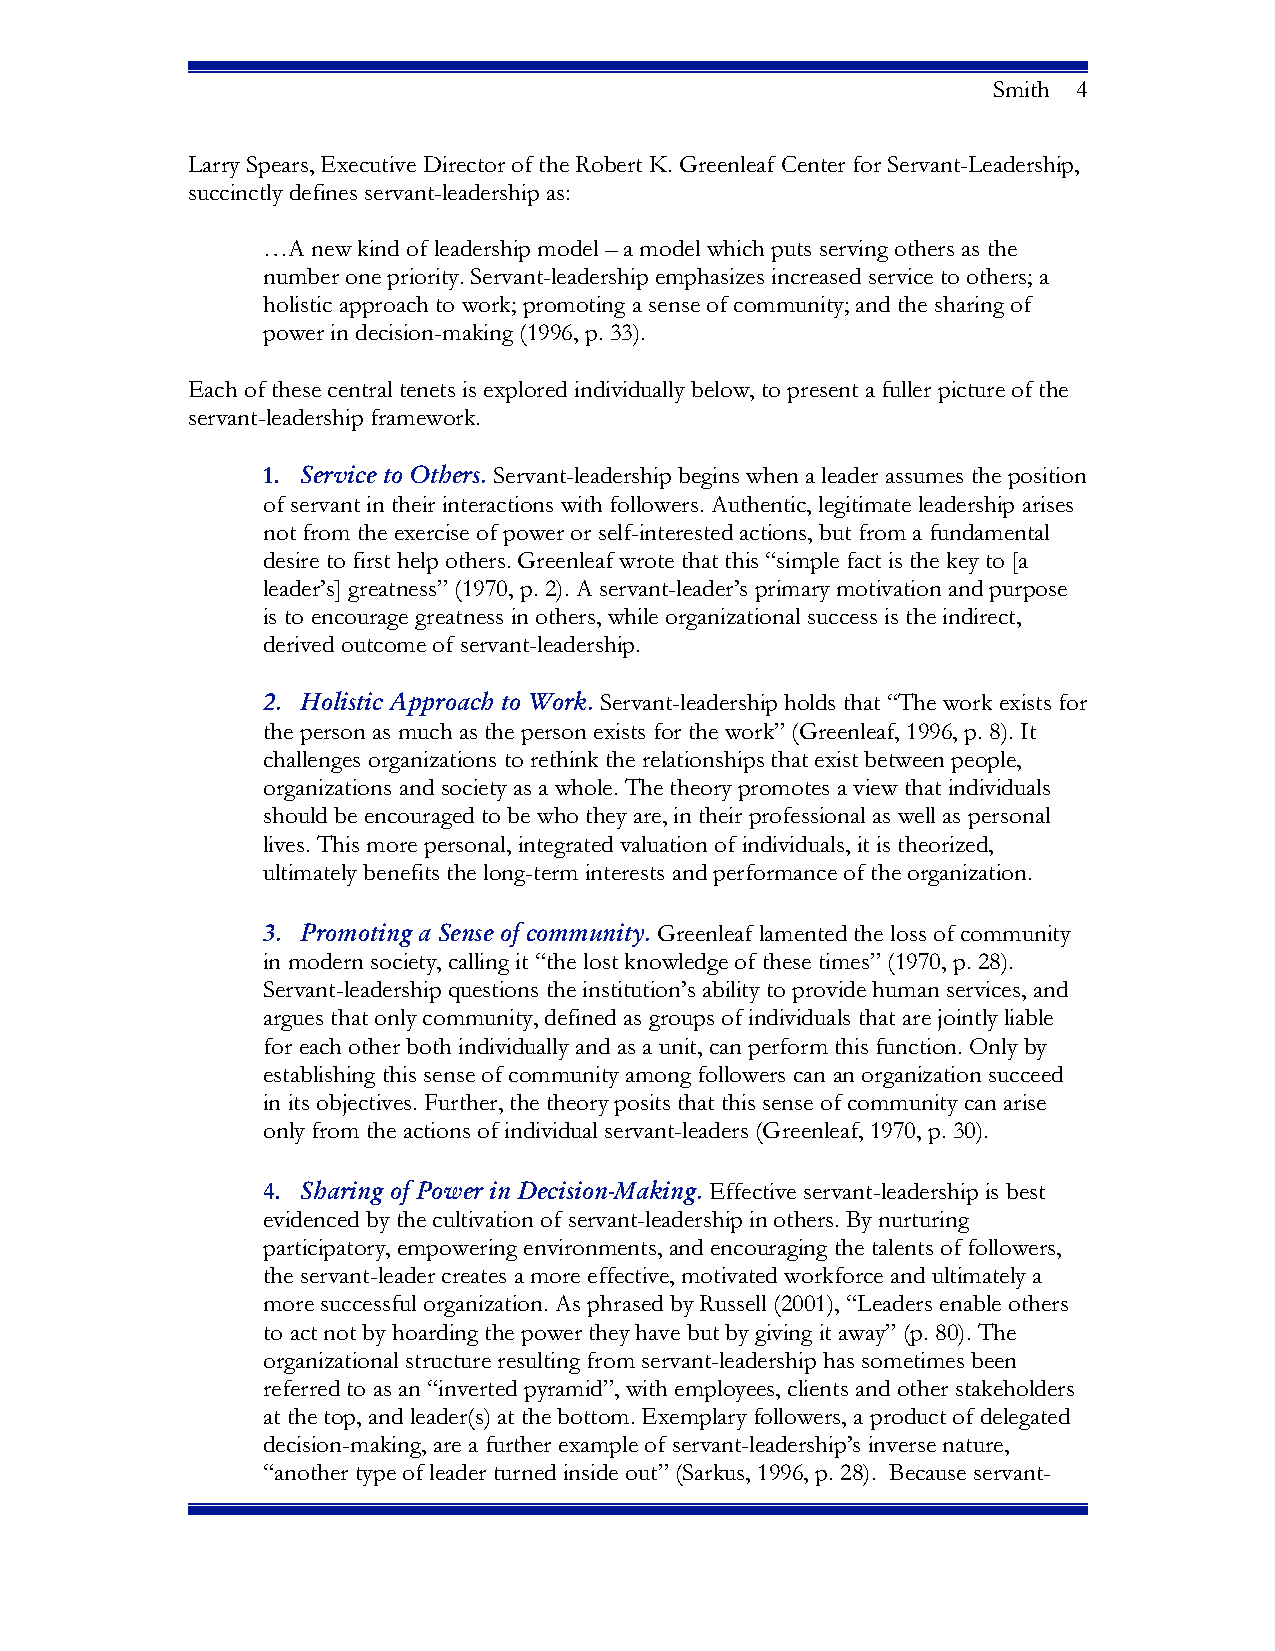
Smith 4
 Larry Spears, Executive Director of the Robert K. Greenleaf Center for Servant-Leadership,
 succinctly defines servant-leadership as:
 …A  new kind of leadership model – a model which puts serving others as the
 number one priority. Servant-leadership emphasizes increased service to others; a
 holistic approach to work; promoting a sense of community; and the sharing of
 power in decision-making (1996, p. 33).
 Each of these central tenets is explored individually below, to present a fuller picture of the
 servant-leadership framework.
 1. Service to Others. Servant-leadership begins when a leader assumes the position
 of servant in their interactions with followers. Authentic, legitimate leadership arises
 not from the exercise of power or self-interested actions, but from a fundamental
 desire to first help others. Greenleaf wrote that this “simple fact is the key to [a
 leader’s] greatness” (1970, p. 2). A servant-leader’s primary motivation and purpose
 is to encourage greatness in others, while organizational success is the indirect,
 derived outcome of servant-leadership.
 2. Holistic Approach to Work. Servant-leadership holds that “The work exists for
 the person as much as the person exists for the work” (Greenleaf, 1996, p. 8). It
 challenges organizations to rethink the relationships that exist between people,
 organizations and society as a whole. The theory promotes a view that individuals
 should be encouraged to be who they are, in their professional as well as personal
 lives. This more personal, integrated valuation of individuals, it is theorized,
 ultimately benefits the long-term interests and performance of the organization.
 3. Promoting a Sense of community. Greenleaf lamented the loss of community
 in modern society, calling it “the lost knowledge of these times” (1970, p. 28).
 Servant-leadership questions the institution’s ability to provide human services, and
 argues that only community, defined as groups of individuals that are jointly liable
 for each other both individually and as a unit, can perform this function. Only by
 establishing this sense of community among followers can an organization succeed
 in its objectives. Further, the theory posits that this sense of community can arise
 only from the actions of individual servant-leaders (Greenleaf, 1970, p. 30).
 4. Sharing of Power in Decision-Making. Effective servant-leadership is best
 evidenced by the cultivation of servant-leadership in others. By nurturing
 participatory, empowering environments, and encouraging the talents of followers,
 the servant-leader creates a more effective, motivated workforce and ultimately a
 more successful organization. As phrased by Russell (2001), “Leaders enable others
 to act not by hoarding the power they have but by giving it away” (p. 80). The
 organizational structure resulting from servant-leadership has sometimes been
 referred to as an “inverted pyramid”, with employees, clients and other stakeholders
 at the top, and leader(s) at the bottom. Exemplary followers, a product of delegated
 decision-making, are a further example of servant-leadership’s inverse nature,
 “another type of leader turned inside out” (Sarkus, 1996, p. 28). Because servant-